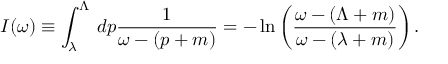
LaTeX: I ( \omega ) \equiv \int _ { \lambda } ^ { \Lambda } \, d p \frac { 1 } { \omega - ( p + m ) } = - \, \mathrm { l n } \left( \frac { \omega - ( \Lambda + m ) } { \omega - ( \lambda + m ) } \right) .